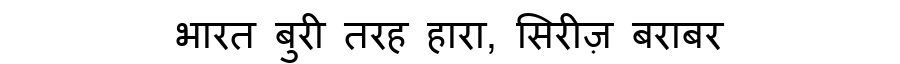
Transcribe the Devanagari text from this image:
भारत बुरी तरह हारा, सिरीज़ बराबर